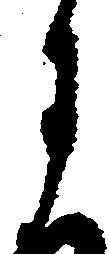
月